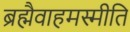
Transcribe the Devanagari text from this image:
ब्रह्मैवाहमस्मीति